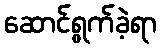
ဆောင်ရွက်ခဲ့ရာ